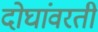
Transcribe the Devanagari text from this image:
दोघांवरती